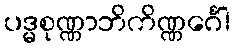
ပဒ္မစုဏ္ဏာဘိကိဏ္ဏင်္ဂေါ